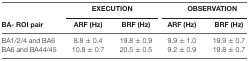
<table><thead><tr><td></td><td colspan="2"><b>EXECUTION</b></td><td colspan="2"><b>OBSERVATION</b></td></tr><tr><td><b>BA- ROI pair</b></td><td><b>ARF (Hz)</b></td><td><b>BRF (Hz)</b></td><td><b>ARF (Hz)</b></td><td><b>BRF (Hz)</b></td></tr></thead><tbody><tr><td>BA1/2/4 and BA6</td><td>8.8 ± 0.4</td><td>19.8 ± 0.9</td><td>9.9 ± 1.0</td><td>19.9 ± 0.7</td></tr><tr><td>BA6 and BA44/45</td><td>10.8 ± 0.7</td><td>20.5 ± 0.5</td><td>9.2 ± 0.9</td><td>19.8 ± 0.7</td></tr></tbody></table>